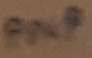
Text: PNP